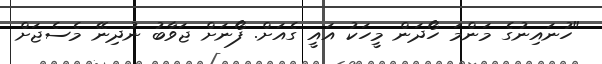
"ހުނައިނުގެ މަންމަ ހޯދަން މީހަކު އައީ ގެއަށް. ފޯނަށް ޖަވާބު ނުދިނޭ މެސެޖަށް